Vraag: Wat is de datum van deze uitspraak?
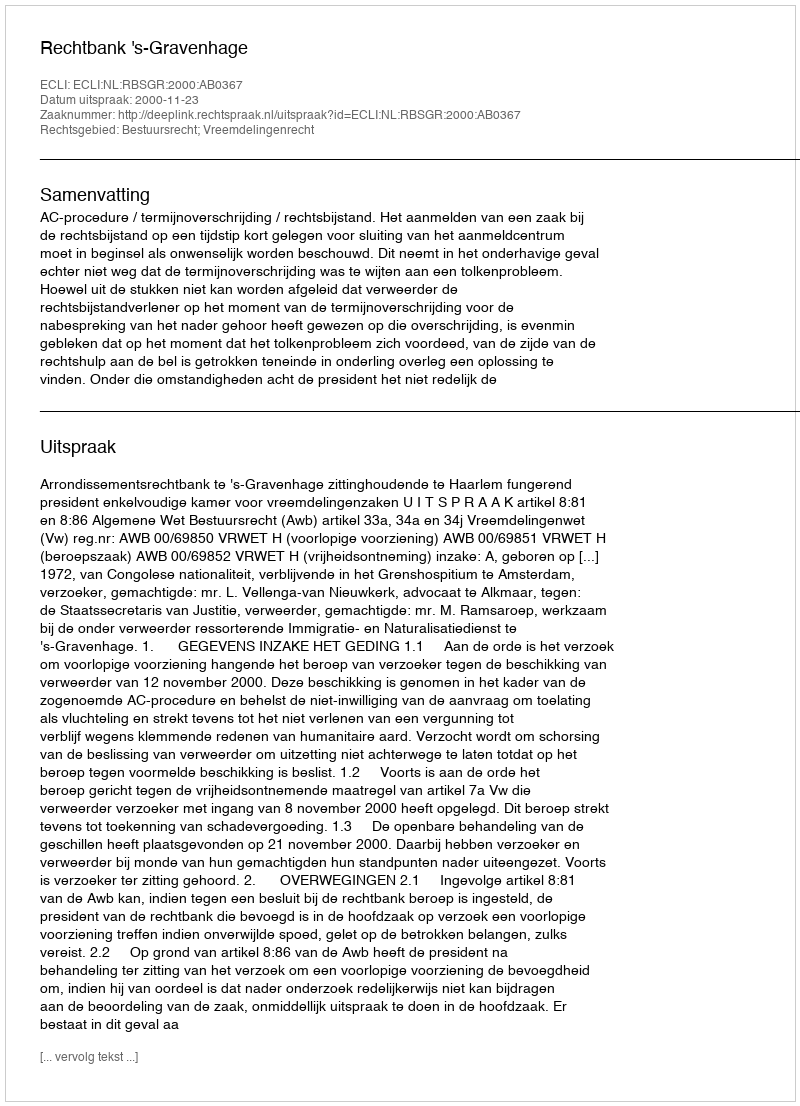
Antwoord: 2000-11-23